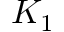
K _ { 1 }